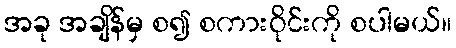
အခု အချိန်မှ စ၍ စကားဝိုင်းကို စပါမယ်။